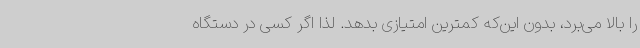
را بالا می‌برد، بدون این‌که کمترین امتیازی بدهد. لذا اگر کسی در دستگاه